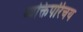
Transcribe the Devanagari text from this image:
व्यक्तिपरिचय